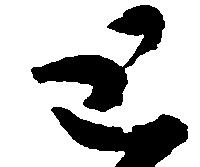
と